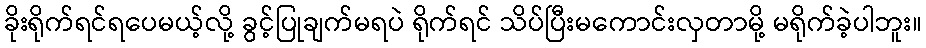
ခိုးရိုက်ရင်ရပေမယ့်လို့ ခွင့်ပြုချက်မရပဲ ရိုက်ရင် သိပ်ပြီးမကောင်းလှတာမို့ မရိုက်ခဲ့ပါဘူး။